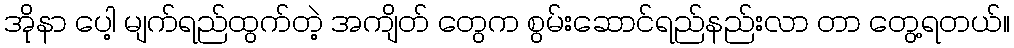
အိုနာ ပေါ့ မျက်ရည်ထွက်တဲ့ အကျိတ် တွေက စွမ်းဆောင်ရည်နည်းလာ တာ တွေ့ရတယ်။